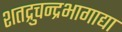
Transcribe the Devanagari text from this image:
शतद्रुचन्द्रभागाद्या